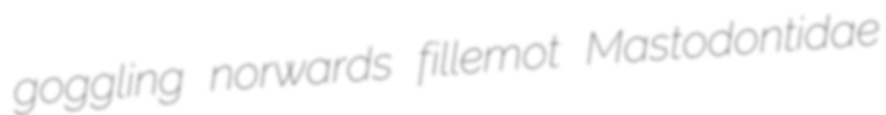
goggling norwards fillemot Mastodontidae